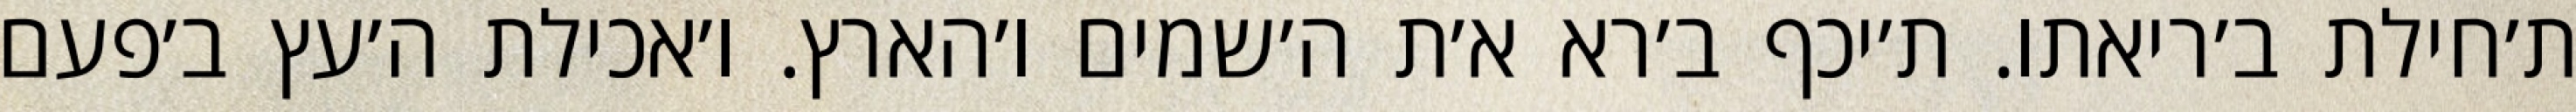
ת׳חילת ב׳ריאתו. ת׳יכף ב׳רא א׳ת ה׳שמים ו׳הארץ. ו׳אכילת ה׳עץ ב׳פעם